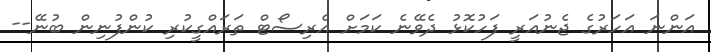
އަންނަ އަހަރުގެ ޖެނުއަރީ ފަހުކޮޅު ދެވޭނެ ކަމަށް އެރިސޯޓް ތަރައްގީކުރި ކުންފުނިން ބުނޭ--